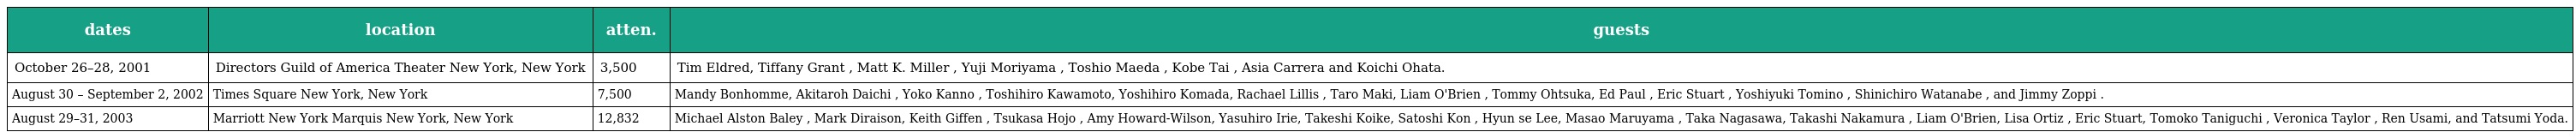
| dates | location | atten. | guests |
 | --- | --- | --- | --- |
 | October 26–28, 2001 | Directors Guild of America Theater New York, New York | 3,500 | Tim Eldred, Tiffany Grant , Matt K. Miller , Yuji Moriyama , Toshio Maeda , Kobe Tai , Asia Carrera and Koichi Ohata. |
 | August 30 – September 2, 2002 | Times Square New York, New York | 7,500 | Mandy Bonhomme, Akitaroh Daichi , Yoko Kanno , Toshihiro Kawamoto, Yoshihiro Komada, Rachael Lillis , Taro Maki, Liam O'Brien , Tommy Ohtsuka, Ed Paul , Eric Stuart , Yoshiyuki Tomino , Shinichiro Watanabe , and Jimmy Zoppi . |
 | August 29–31, 2003 | Marriott New York Marquis New York, New York | 12,832 | Michael Alston Baley , Mark Diraison, Keith Giffen , Tsukasa Hojo , Amy Howard-Wilson, Yasuhiro Irie, Takeshi Koike, Satoshi Kon , Hyun se Lee, Masao Maruyama , Taka Nagasawa, Takashi Nakamura , Liam O'Brien, Lisa Ortiz , Eric Stuart, Tomoko Taniguchi , Veronica Taylor , Ren Usami, and Tatsumi Yoda. |